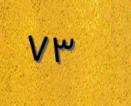
٧٣